Vital statistics of India. Vol. VI, European troops 1870-79
Year: 1870
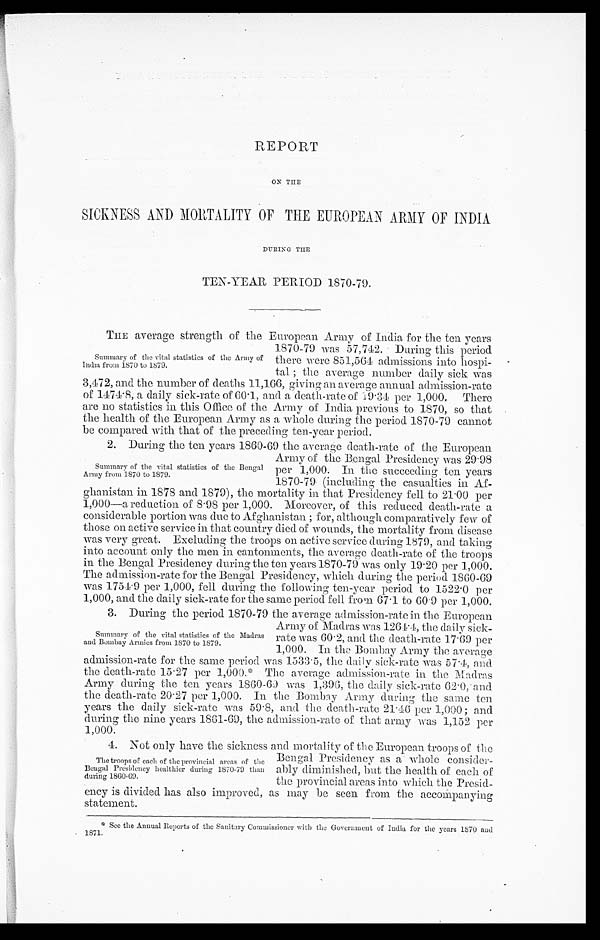
REPORT
ON THE
SICKNESS AND MORTALITY OF THE EUROPEAN ARMY OF INDIA
DURING THE
TEN-YEAR PERIOD 1870-79.
THE average strength of the European Army of India for the ten years
1870-79 was 57,742. During this period
there were 851,564 admissions into hospi
-tal ; the average number daily sick was
3,472, and the number of deaths 11,166, giving an average annual admission-rate
of 1474.8, a daily sick-rate of 60.1, and a death-rate of 19.34 per 1,000. There
are no statistics in this Office of the Army of India previous to 1870, so that
the health of the European Army as a whole during the period 1870-79 cannot
be compared with that of the preceding ten-year period.
2. During the ten years 1860-69 the average death-rate of the European
Army of the Bengal Presidency was 29.98
per 1,000. In the succeeding ten years
1870-79 (including the casualties in Af--
ghanistan in 1878 and 1879), the mortality in that Presidency fell to 21.00 per
1,000—a reduction of 8.98 per 1,000. Moreover, of this reduced death-rate a
considerable portion was due to Afghanistan ; for, although comparatively few of
those on active service in that country died of wounds, the mortality from disease
was very great. Excluding the troops on active service during 1879, and taking
into account only the men in cantonments, the average death-rate of the troops
in the Bengal Presidency during the ten years 1870-79 was only 19.20 per 1,000.
The admission-rate for the Bengal Presidency, which during the period 1860-69
was 1754.9 per 1,000, fell during the following ten-year period to 1522.0 per
1,000, and the daily sick-rate for the same period fell from 67.1 to 60.9 per 1,000.
3. During the period 1870-79 the average admission-rate in the European
Army of Madras was 1264.4, the daily sick
-
rate was 60.2, and time death-rate 17.69 per
1,000. In the Bombay Army the average
admission-rate for the same period was 1533.5, the daily sick-rate was 57.4, and
the death-rate 15.27 per 1,000.* The average admission-rate in the Madras
Army during the ten years 1860-69 was 1,396, the daily sick-rate 62.0, and
time death-rate 20.27 per 1,000. In the Bombay Army during the same ten
years the daily sick-rate was 59.8, and the death-rate 21.46 per 1,000 ; and
during the nine years 1861-69, the admission-rate of that army was 1,152 per
1.000.
4. Not only have the sickness and mortality of the European troops of the
Bengal Presidency as a whole consider--
ably diminished, but the health of each of
the provincial areas into which the Presid--
ency is divided has also improved, as may be seen from the accompanying
statement.
Summary of the vital statistics of the Army of
India from 1870 to 1879.
Summary of the vital statistics of the Bengal
Army from 1870 to 1879.
Summary of the vital statistics of the Madras
and Bombay Armies from 1870 to 1879.
The troops of each of the provincial areas of the
Bengal Presidency healthier during 1870-79 than
during 1860-69.
See the Annual Reports of the Sanitary Commissioner with the Government of India for the years 1870 and
1871.